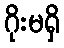
ဂိုးမရှိ